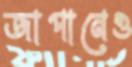
জাপানেও